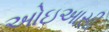
ઓઇઆસી